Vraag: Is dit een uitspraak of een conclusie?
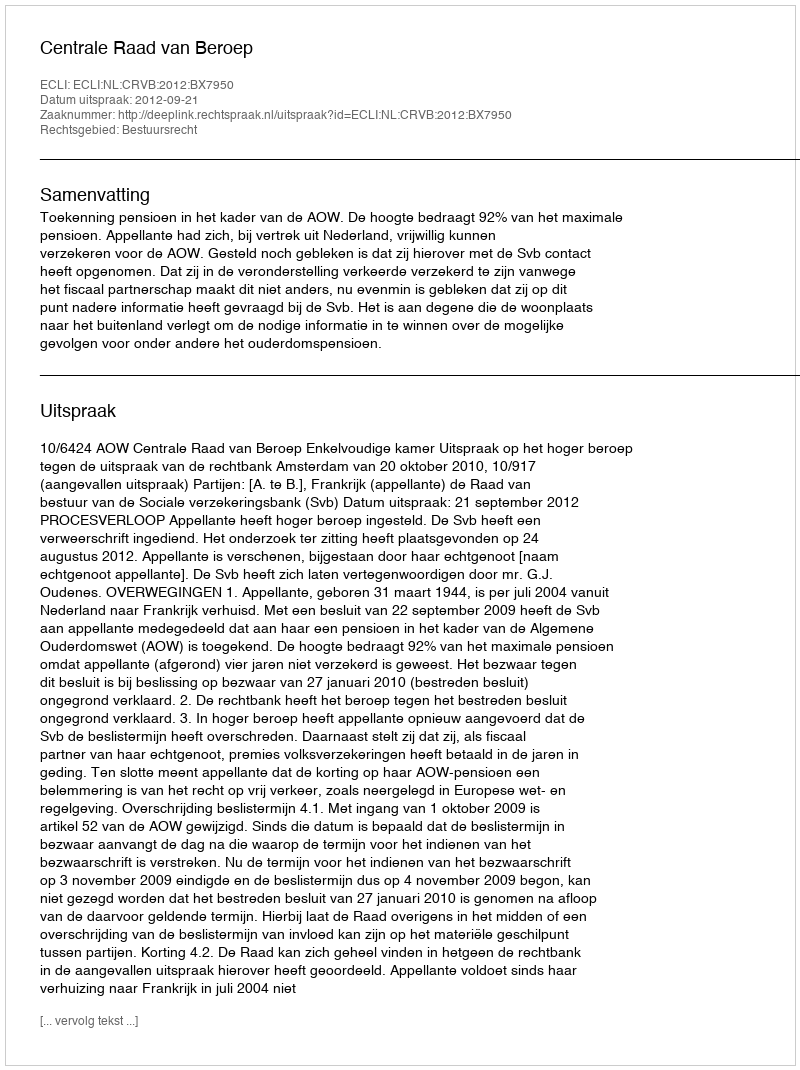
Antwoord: Uitspraak